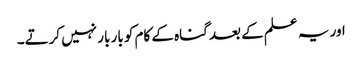
اور یہ علم کے بعد گناہ کے کام کو بار بار نہیں کرتے۔